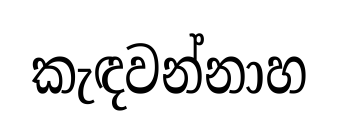
කැඳවන්නාහ